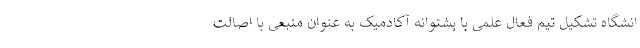
انشگاه تشکیل تیم فعال علمی با پشتوانه آکادمیک به عنوان منبعی با اصالت